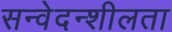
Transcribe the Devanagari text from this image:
सन्वेदन्शीलता